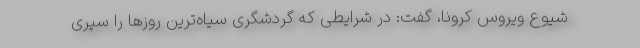
شیوع ویروس کرونا، گفت: در شرایطی که گردشگری سیاه‌ترین روزها را سپری